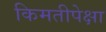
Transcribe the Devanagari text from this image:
किमतीपेक्षा